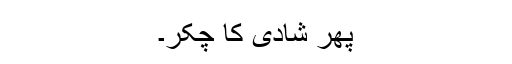
پھر شادی کا چکّر۔